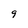
Character: 9